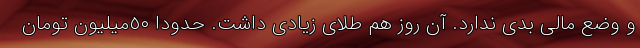
و وضع مالی بدی ندارد. آن روز هم طلای زیادی داشت. حدودا ٥٠‌میلیون تومان